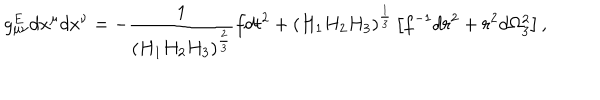
g _ { \mu \nu } ^ { E } d x ^ { \mu } d x ^ { \nu } = - { \frac { 1 } { \left( H _ { 1 } H _ { 2 } H _ { 3 } \right) ^ { \frac { 2 } { 3 } } } } f d t ^ { 2 } + \left( H _ { 1 } H _ { 2 } H _ { 3 } \right) ^ { \frac { 1 } { 3 } } \left[ f ^ { - 1 } d r ^ { 2 } + r ^ { 2 } d \Omega _ { 3 } ^ { 2 } \right] ,